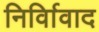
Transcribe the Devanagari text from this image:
निर्विावाद